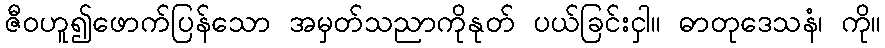
ဇီဝဟူ၍ဖောက်ပြန်သော အမှတ်သညာကိုနုတ် ပယ်ခြင်းငှါ။ ဓာတုဒေသနံ၊ ကို။